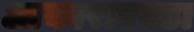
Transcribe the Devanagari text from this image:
आकाराएवढा